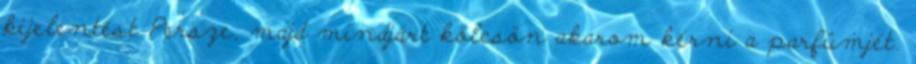
kijelentést Persze, majd mindjárt kölcsön akarom kérni a parfümjét.